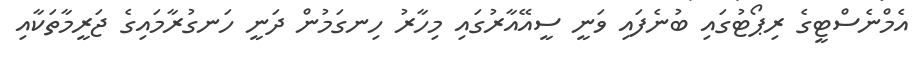
އެމްނެސްޓީގެ ރިޕޯޓުގައި ބުނެފައި ވަނީ ސީއޭއާރުގައި މިހާރު ހިނގަމުން ދަނީ ހަނގުރާމައިގެ ޖަރީމާތަކާއި